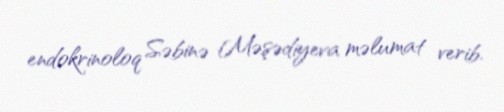
endokrinoloq Səbinə Məşədiyeva məlumat verib.